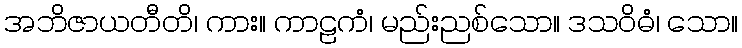
အဘိဇာယတီတိ၊ ကား။ ကာဠကံ၊ မည်းညစ်သော။ ဒသဝိဓံ၊ သော။